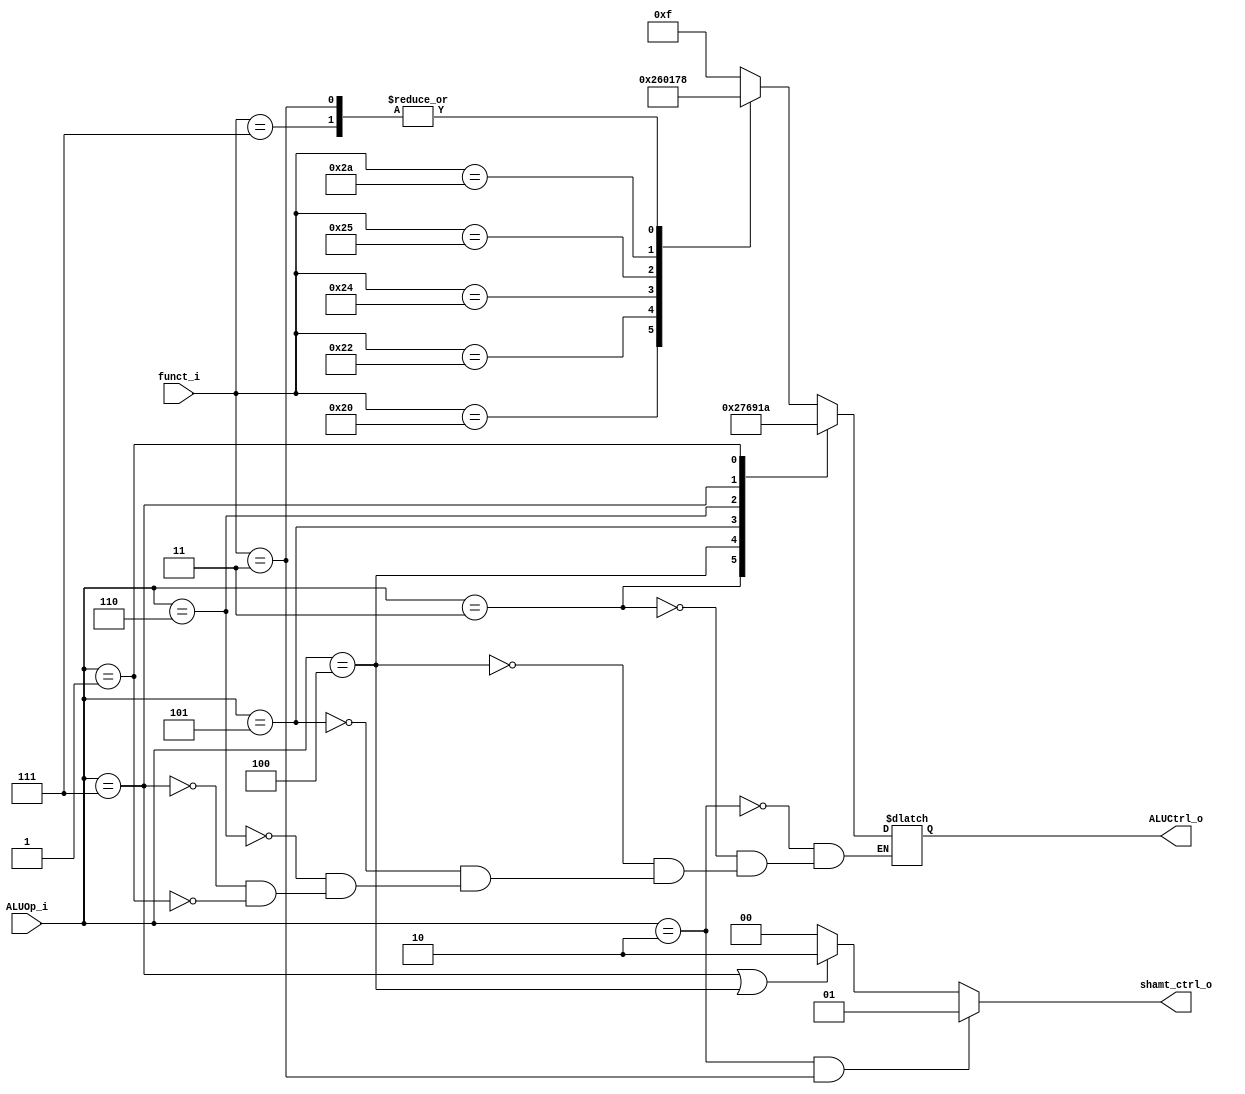
//0316055_0316313
//Subject:     CO project 2 - ALU Controller
//--------------------------------------------------------------------------------
//Version:     1
//--------------------------------------------------------------------------------
//Writer:      
//----------------------------------------------
//Date:        
//----------------------------------------------
//Description: 
//--------------------------------------------------------------------------------

module ALU_Ctrl(
    funct_i,
    ALUOp_i,
	ALUCtrl_o,
	shamt_ctrl_o
    );
          
	//I/O ports 
	input	[6-1:0] funct_i;
	input   [3-1:0] ALUOp_i;

	output  [4-1:0] ALUCtrl_o;
	output reg[1:0] shamt_ctrl_o;
	     
	//Internal Signals
	reg     [4-1:0] ALUCtrl_o;

	//Parameter
	parameter CTRL_ADD 		= 4'b0010;
	parameter CTRL_SUB 		= 4'b0110;
	parameter CTRL_AND 		= 4'b0000;
	parameter CTRL_OR  		= 4'b0001;
	parameter CTRL_SLT 		= 4'b0111;
	//adv
	parameter CTRL_SHR		= 4'b1000;
	parameter CTRL_LUI		= 4'b1001;
	parameter CTRL_BNE		= 4'b1010;
	parameter CTRL_IDLE		= 4'b1111;


	parameter ALUOP_R 		= 2;
	parameter ALUOP_ADDI 	= 3;
	parameter ALUOP_SLTIU 	= 4;
	parameter ALUOP_BEQ 	= 5;
	//adv
	parameter ALUOP_LUI 	= 6;
	parameter ALUOP_ORI 	= 7;
	parameter ALUOP_BNE 	= 1;

	//Select exact operation
	always@(*)begin
		case( ALUOp_i )
			ALUOP_R:begin
				case( funct_i )
					// add rd,rs,rt
					32:ALUCtrl_o = CTRL_ADD;
					// sub rd,rs,rt
					34:ALUCtrl_o = CTRL_SUB;
					// and rd,rs,rt
					36:ALUCtrl_o = CTRL_AND;
					// or rd,rs,rt
					37:ALUCtrl_o = CTRL_OR;
					// slt rd,rs,rt
					42:ALUCtrl_o = CTRL_SLT;
					// sra rd,rt,shamt
					3:ALUCtrl_o = CTRL_SHR;
					// srav rd,rt,rs
					7:ALUCtrl_o = CTRL_SHR;
					// all zero
					default:ALUCtrl_o = CTRL_IDLE;
				endcase
			end
			//addi rt,rs,se100
			ALUOP_ADDI:ALUCtrl_o = CTRL_ADD;
			//sltiu rt,rs,ze10
			ALUOP_SLTIU:ALUCtrl_o = CTRL_SLT;
			//beq rs,rt,se25
			ALUOP_BEQ:ALUCtrl_o = CTRL_SUB;
			//lui rt,10
			ALUOP_LUI:ALUCtrl_o = CTRL_LUI;
			//ori rt,rs,ze100
			ALUOP_ORI:ALUCtrl_o = CTRL_OR;
			//bne rs,rt,se30
			ALUOP_BNE:ALUCtrl_o = CTRL_BNE;
		endcase
	end

	//use shamt as input
	always@(*)begin
		if( ALUOp_i == ALUOP_R && funct_i == 3 )
			shamt_ctrl_o = 2'b01; // shamt
		else if( ALUOp_i == ALUOP_ORI || ALUOp_i == ALUOP_SLTIU )
			shamt_ctrl_o = 2'b10; // zero-extended immediate
		else
			shamt_ctrl_o = 2'b00;
	end

endmodule